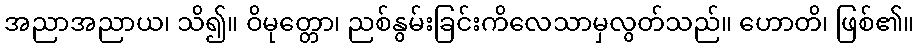
အညာအညာယ၊ သိ၍။ ဝိမုတ္တော၊ ညစ်နွမ်းခြင်းကိလေသာမှလွတ်သည်။ ဟောတိ၊ ဖြစ်၏။